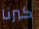
كبرنا